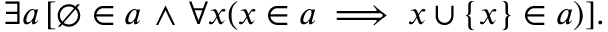
\, \exists a \, [ \emptyset \in a \, \land \, \forall x ( x \in a \implies x \cup \{ x \} \in a ) ] .